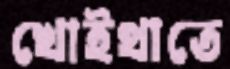
খোইথাতে